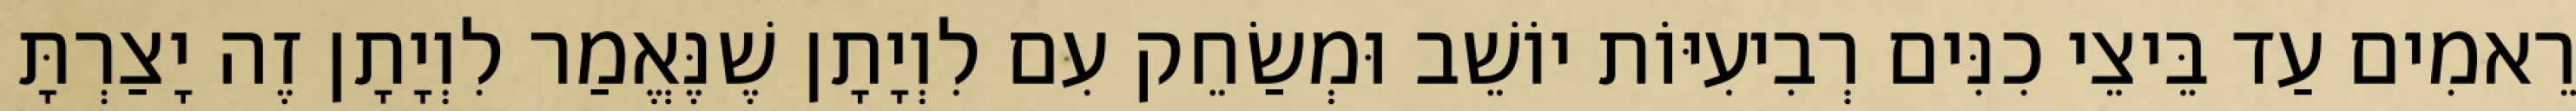
רֵאמִים עַד בֵּיצֵי כִנִּים רְבִיעִיּוֹת יוֹשֵׁב וּמְשַׂחֵק עִם לִוְיָתָן שֶׁנֶּאֱמַר לִוְיָתָן זֶה יָצַרְתָּ